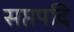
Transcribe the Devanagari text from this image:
सप्तपदि